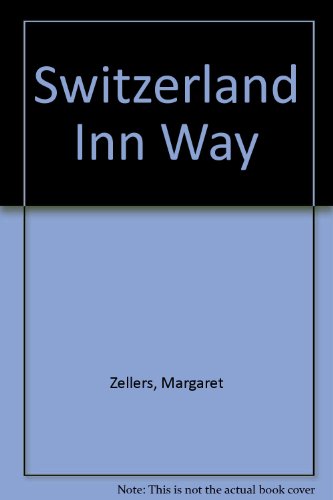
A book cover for Switzerland Inn Way; Margaret Zellers; Travel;